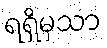
ရရှိမှသာ